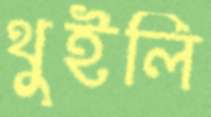
থুইলি